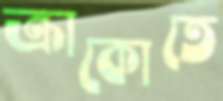
ক্রাকোতে